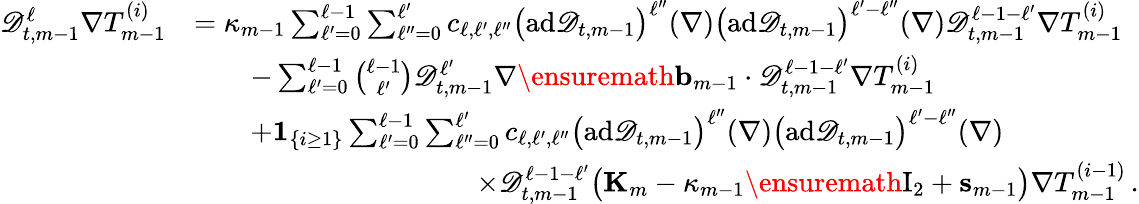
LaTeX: \begin{array}{rl}{\mathscr{D}_{t,m-1}^{\ell}\nabla T_{m-1}^{(i)}}&{=\kappa_{m-1}\sum_{\ell^{\prime}=0}^{\ell-1}\sum_{\ell^{\prime\prime}=0}^{\ell^{\prime}}c_{\ell,\ell^{\prime},\ell^{\prime\prime}}\bigl(\mathrm{ad}\mathscr{D}_{t,m-1}\bigr)^{\ell^{\prime\prime}}(\nabla)\bigl(\mathrm{ad}\mathscr{D}_{t,m-1}\bigr)^{\ell^{\prime}-\ell^{\prime\prime}}(\nabla)\mathscr{D}_{t,m-1}^{\ell-1-\ell^{\prime}}\nabla T_{m-1}^{(i)}}\\ &{\qquad-\sum_{\ell^{\prime}=0}^{\ell-1}\binom{\ell-1}{\ell^{\prime}}\mathscr{D}_{t,m-1}^{\ell^{\prime}}\nabla\ensuremath{\mathbf{b}}_{m-1}\cdot\mathscr{D}_{t,m-1}^{\ell-1-\ell^{\prime}}\nabla T_{m-1}^{(i)}}\\ &{\qquad+{\mathbf 1}_{\{ i\geq 1\} }\sum_{\ell^{\prime}=0}^{\ell-1}\sum_{\ell^{\prime\prime}=0}^{\ell^{\prime}}c_{\ell,\ell^{\prime},\ell^{\prime\prime}}\bigl(\mathrm{ad}\mathscr{D}_{t,m-1}\bigr)^{\ell^{\prime\prime}}(\nabla)\bigl(\mathrm{ad}\mathscr{D}_{t,m-1}\bigr)^{\ell^{\prime}-\ell^{\prime\prime}}(\nabla)}\\ &{\qquad\qquad\qquad\qquad\qquad\times\mathscr{D}_{t,m-1}^{\ell-1-\ell^{\prime}}\bigl(\mathbf{K}_{m}-\kappa_{m-1}\ensuremath{\mathrm{I}_{2}}+\mathbf{s}_{m-1}\bigr)\nabla T_{m-1}^{(i-1)}\, .}\end{array}